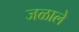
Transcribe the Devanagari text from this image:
जळाले